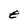
Character: e